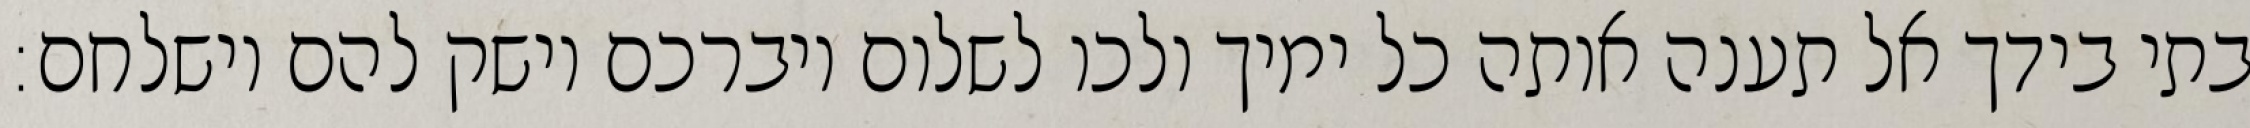
בתי בידך אל תענה אותה כל ימיך ולכו לשלום ויברכם וישק להם וישלחם: